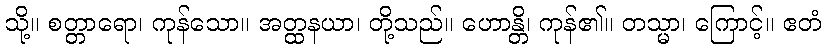
သို့။ စတ္တာရော၊ ကုန်သော။ အတ္ထနယာ၊ တို့သည်။ ဟောန္တိ၊ ကုန်၏။ တသ္မာ၊ ကြောင့်။ ဧတံ